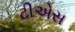
ટીએસ